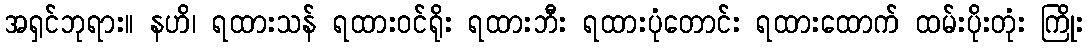
အရှင်ဘုရား။ နဟိ၊ ရထားသန် ရထားဝင်ရိုး ရထားဘီး ရထားပုံတောင်း ရထားထောက် ထမ်းပိုးတုံး ကြိုး